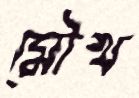
মৌখ